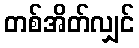
တစ်အိတ်လျှင်